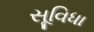
સૂવિધા